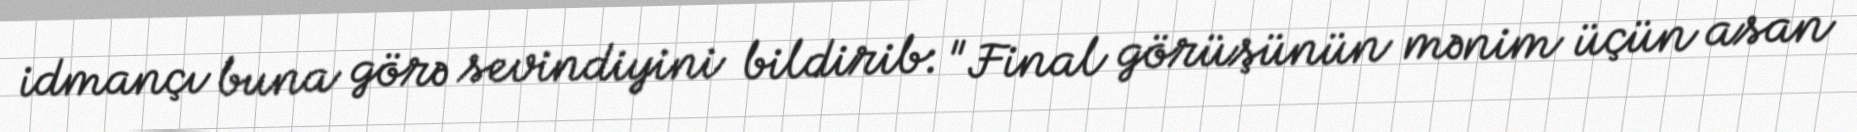
idmançı buna görə sevindiyini bildirib: "Final görüşünün mənim üçün asan